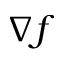
\nabla f